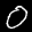
Label: 0